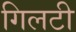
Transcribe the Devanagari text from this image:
गिलटी